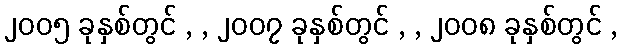
၂၀၀၅ ခုနှစ်တွင် , , ၂၀၀၇ ခုနှစ်တွင် , , ၂၀၀၈ ခုနှစ်တွင် ,